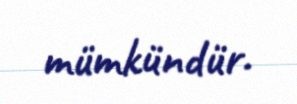
mümkündür.